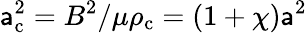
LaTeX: \mathsf{a}_{\mathrm{{c}}}^{2}=B^{2}/\mu\rho_{\mathrm{{c}}}=(1+\chi)\mathsf{a}^{2}